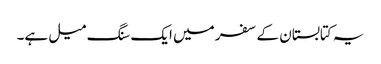
یہ کتابستان کے سفر میں ایک سنگ میل ہے۔